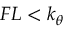
F L < k _ { \theta }